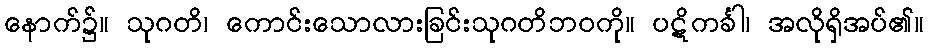
နောက်၌။ သုဂတိ၊ ကောင်းသောလားခြင်းသုဂတိဘဝကို။ ပဋိကင်္ခါ၊ အလိုရှိအပ်၏။